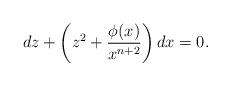
LaTeX: \begin{align*}dz+\left(z^2+\frac{\phi(x)}{x^{n+2}}\right)dx=0.\end{align*}